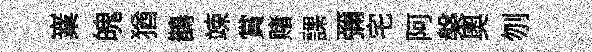
嶪魄猶鵲竦賞赌課彌宅阿槃奥刎